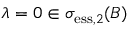
\lambda = 0 \in \sigma _ { \mathrm { e s s } , 2 } ( B )